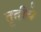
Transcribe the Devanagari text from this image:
तृतीये